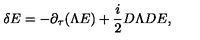
\delta E = - \partial _ { \tau } ( \Lambda E ) + { \frac { i } { 2 } } D \Lambda D E ,